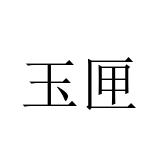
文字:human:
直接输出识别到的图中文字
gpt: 玉匣